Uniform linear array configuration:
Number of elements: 32
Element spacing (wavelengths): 0.5
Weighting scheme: cosine
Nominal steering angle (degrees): -60
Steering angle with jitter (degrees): -59.195
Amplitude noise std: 0.05
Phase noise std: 0.05

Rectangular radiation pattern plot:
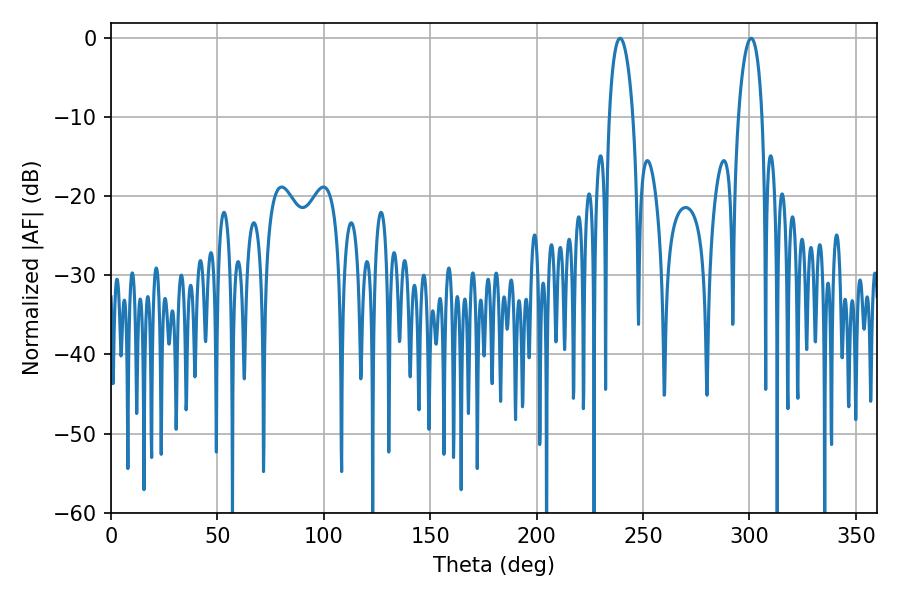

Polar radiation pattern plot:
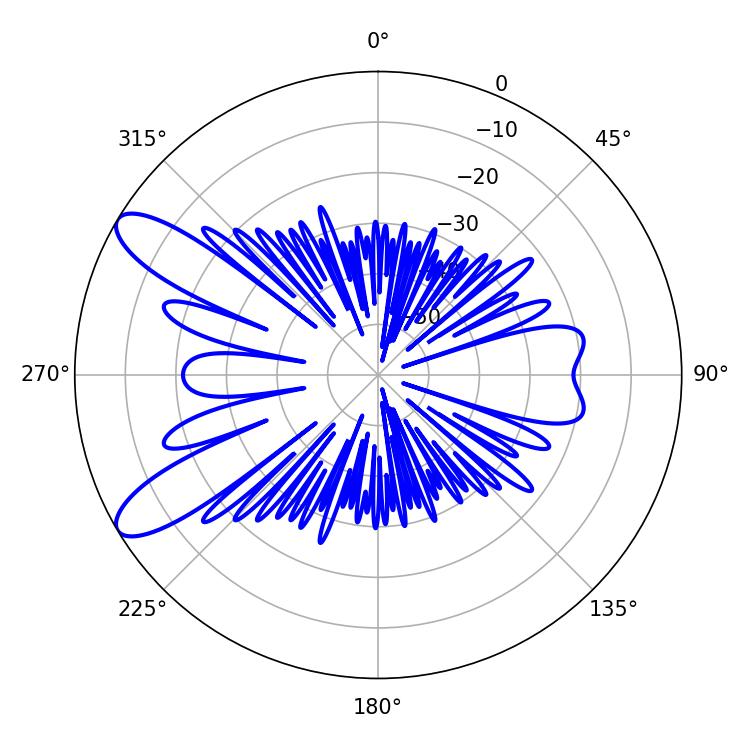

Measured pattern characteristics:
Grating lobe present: FALSE
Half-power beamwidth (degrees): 6.3
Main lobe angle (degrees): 239.22